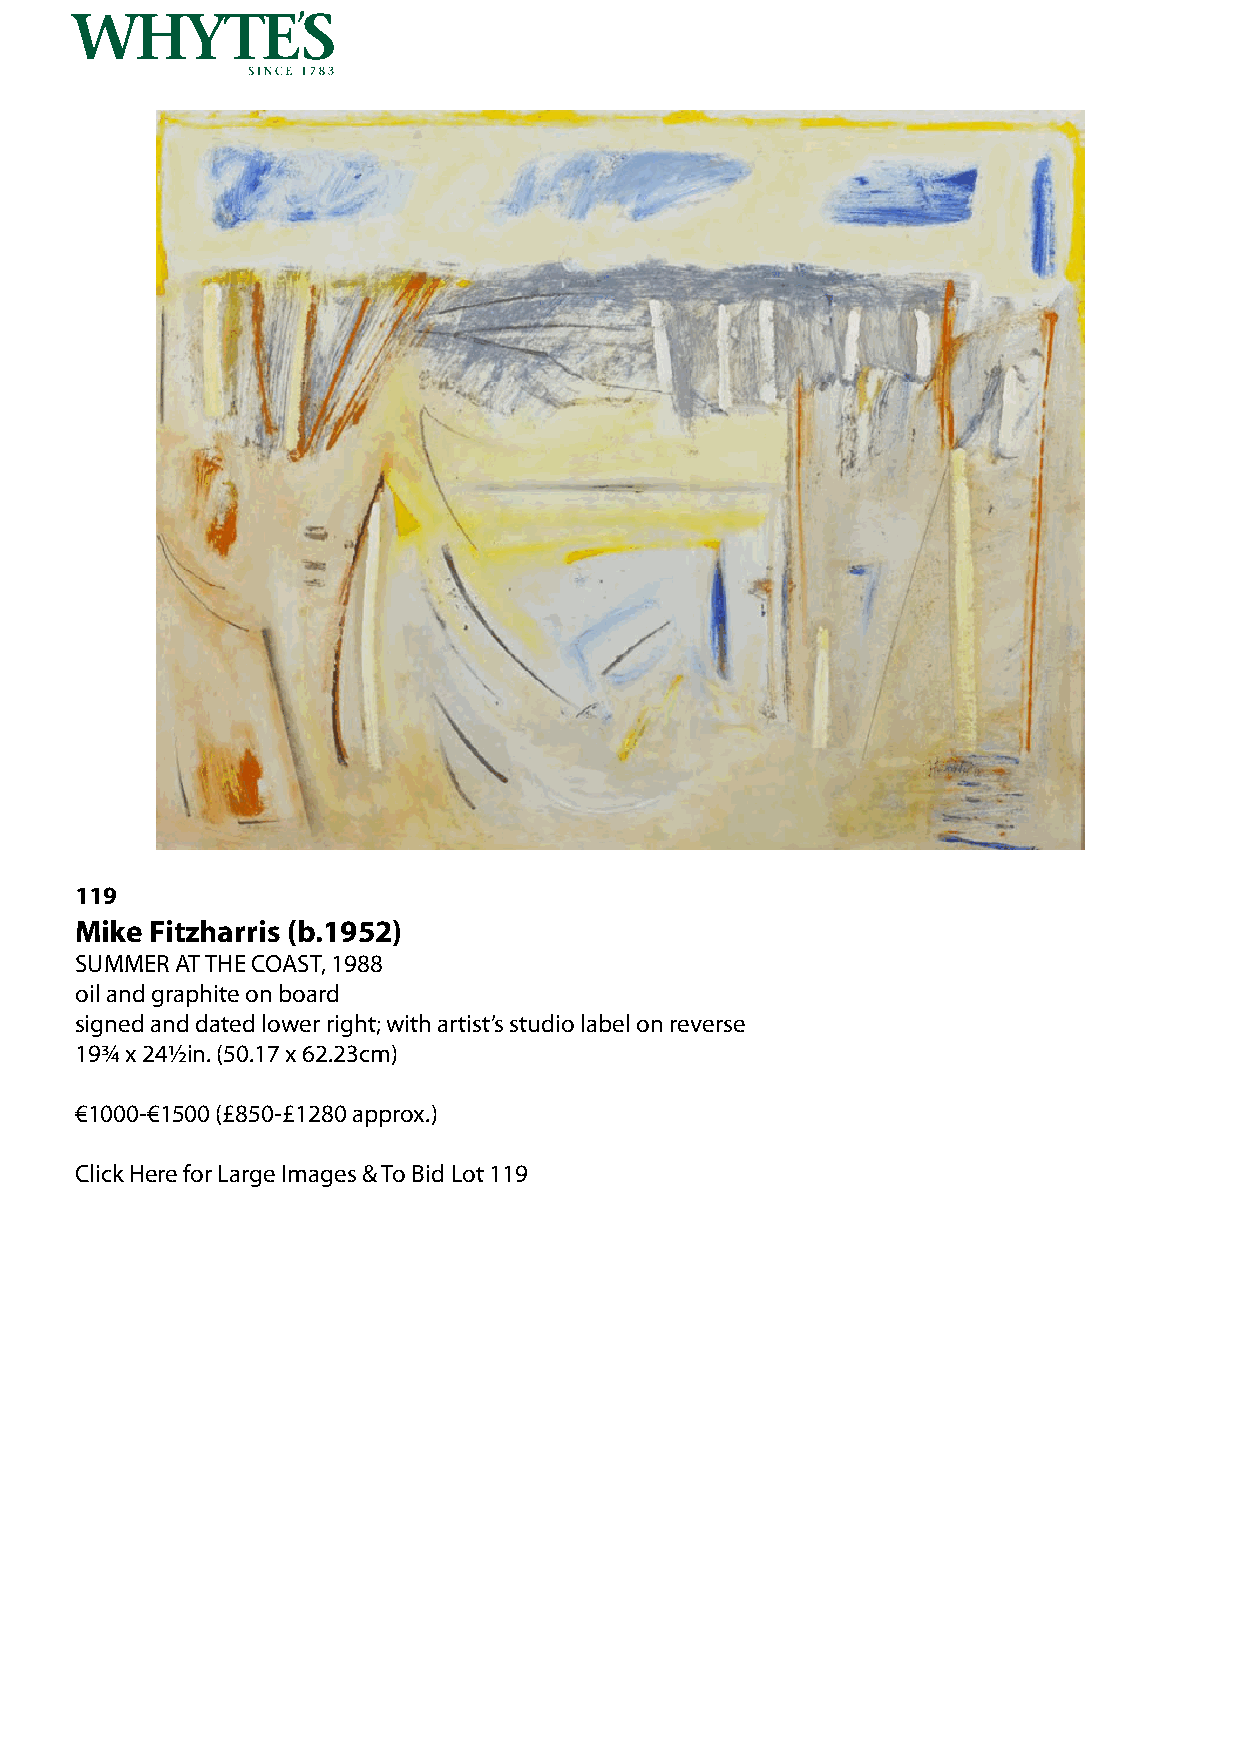
119
 Mike Fitzharris (b.1952)
 SUMMER AT THE COAST, 1988
 oil and graphite on board
 signed and dated lower right; with artist’s studio label on reverse
 19¾ x 24½in. (50.17 x 62.23cm)
 €1000-€1500 (£850-£1280 approx.)
 Click Here for Large Images & To Bid Lot 119